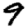
Digit: 9